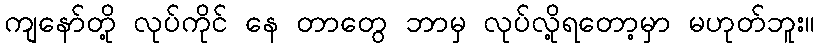
ကျနော်တို့ လုပ်ကိုင် နေ တာတွေ ဘာမှ လုပ်လို့ရတော့မှာ မဟုတ်ဘူး။